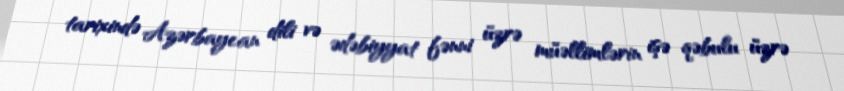
tarixində Azərbaycan dili və ədəbiyyat fənni üzrə müəllimlərin işə qəbulu üzrə